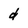
Character: d